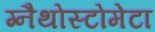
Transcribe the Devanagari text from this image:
ग्नैथोस्टोमेटा